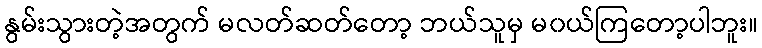
နွမ်းသွားတဲ့အတွက် မလတ်ဆတ်တော့ ဘယ်သူမှ မ၀ယ်ကြတော့ပါဘူး။